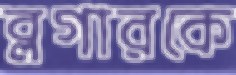
ব্লগারকে